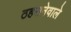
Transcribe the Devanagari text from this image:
ठहरानेवाले